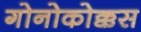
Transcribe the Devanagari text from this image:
गोनोकोक्कस